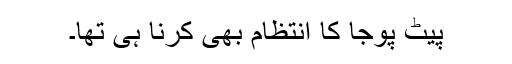
پیٹ پوجا کا انتظام بھی کرنا ہی تھا۔